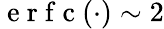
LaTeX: \mathrm{~e~r~f~c~}(\cdot)\sim 2